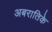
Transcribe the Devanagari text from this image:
अबरातिके